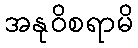
အနုဝိစရာမိ